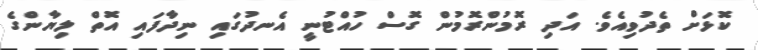
ކޮޅަށް ތެދުވިއެވެ. އަދި ރޮމުންރޮމުން ގޮސް ހުއްޓުނީ އެނދުގައި ނިދާފައި އޮތް ލިޔާންގެ